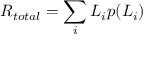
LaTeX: R _ { t o t a l } = \sum _ { i } L _ { i } p ( L _ { i } ) \,